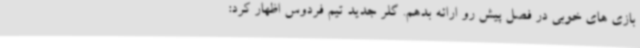
بازی های خوبی در فصل پیش رو ارائه بدهم. گلر جدید تیم فردوس اظهار کرد: